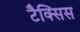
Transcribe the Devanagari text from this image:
टैक्सिस